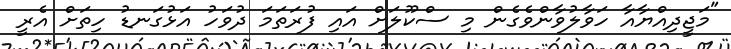
"މަޖީދިއްޔާއާ ހަވާލުވާންވެގެން މި ސްކޫލަށް އައި ފުރަތަމަ ދުވަހު އަޅުގަނޑު ހިތަށް އެރީ